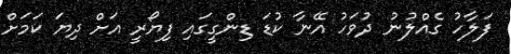
ފަލާހު ގެއްލުނު ދުވަހު އޭނާ ކުޑަ ޑިންގީގައި ފިޔޯރީ އަށް ދިޔަ ކަމަށް